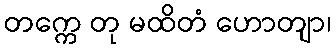
တက္ကေ တု မထိတံ ဟောတျာ၊